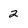
Character: 2